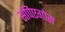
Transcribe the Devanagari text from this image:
सपिएगोस